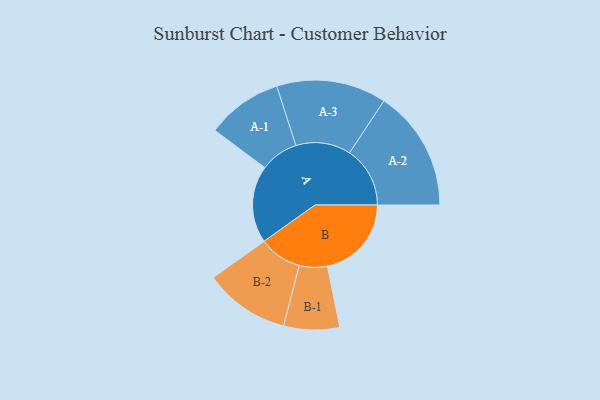
{"axis": {"x": "Segment", "y": "Value"}, "legend": ["", "A", "B"], "data": [{"x": "A", "y": 374, "type": ""}, {"x": "B", "y": 407, "type": ""}, {"x": "A-1", "y": 184, "type": "A"}, {"x": "A-2", "y": 293, "type": "A"}, {"x": "A-3", "y": 266, "type": "A"}, {"x": "B-1", "y": 135, "type": "B"}, {"x": "B-2", "y": 207, "type": "B"}]}